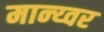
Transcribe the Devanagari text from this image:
मान्य्वर